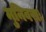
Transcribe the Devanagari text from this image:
मुनिवराः